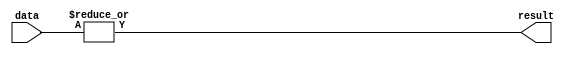
module OR_gate (
  input [63:0] data,
  output result
);

assign result = |data;

endmodule